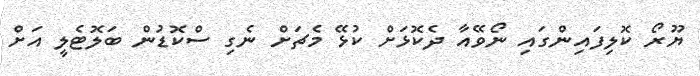
ޔޫރޯ ކޮލިފައިންގައި ނޯވޭއާ ދެކޮޅަށް ކުޅޭ މެޗަށް ނެގި ސްކޮޑުން ބަލޮޓެލީ އަށް